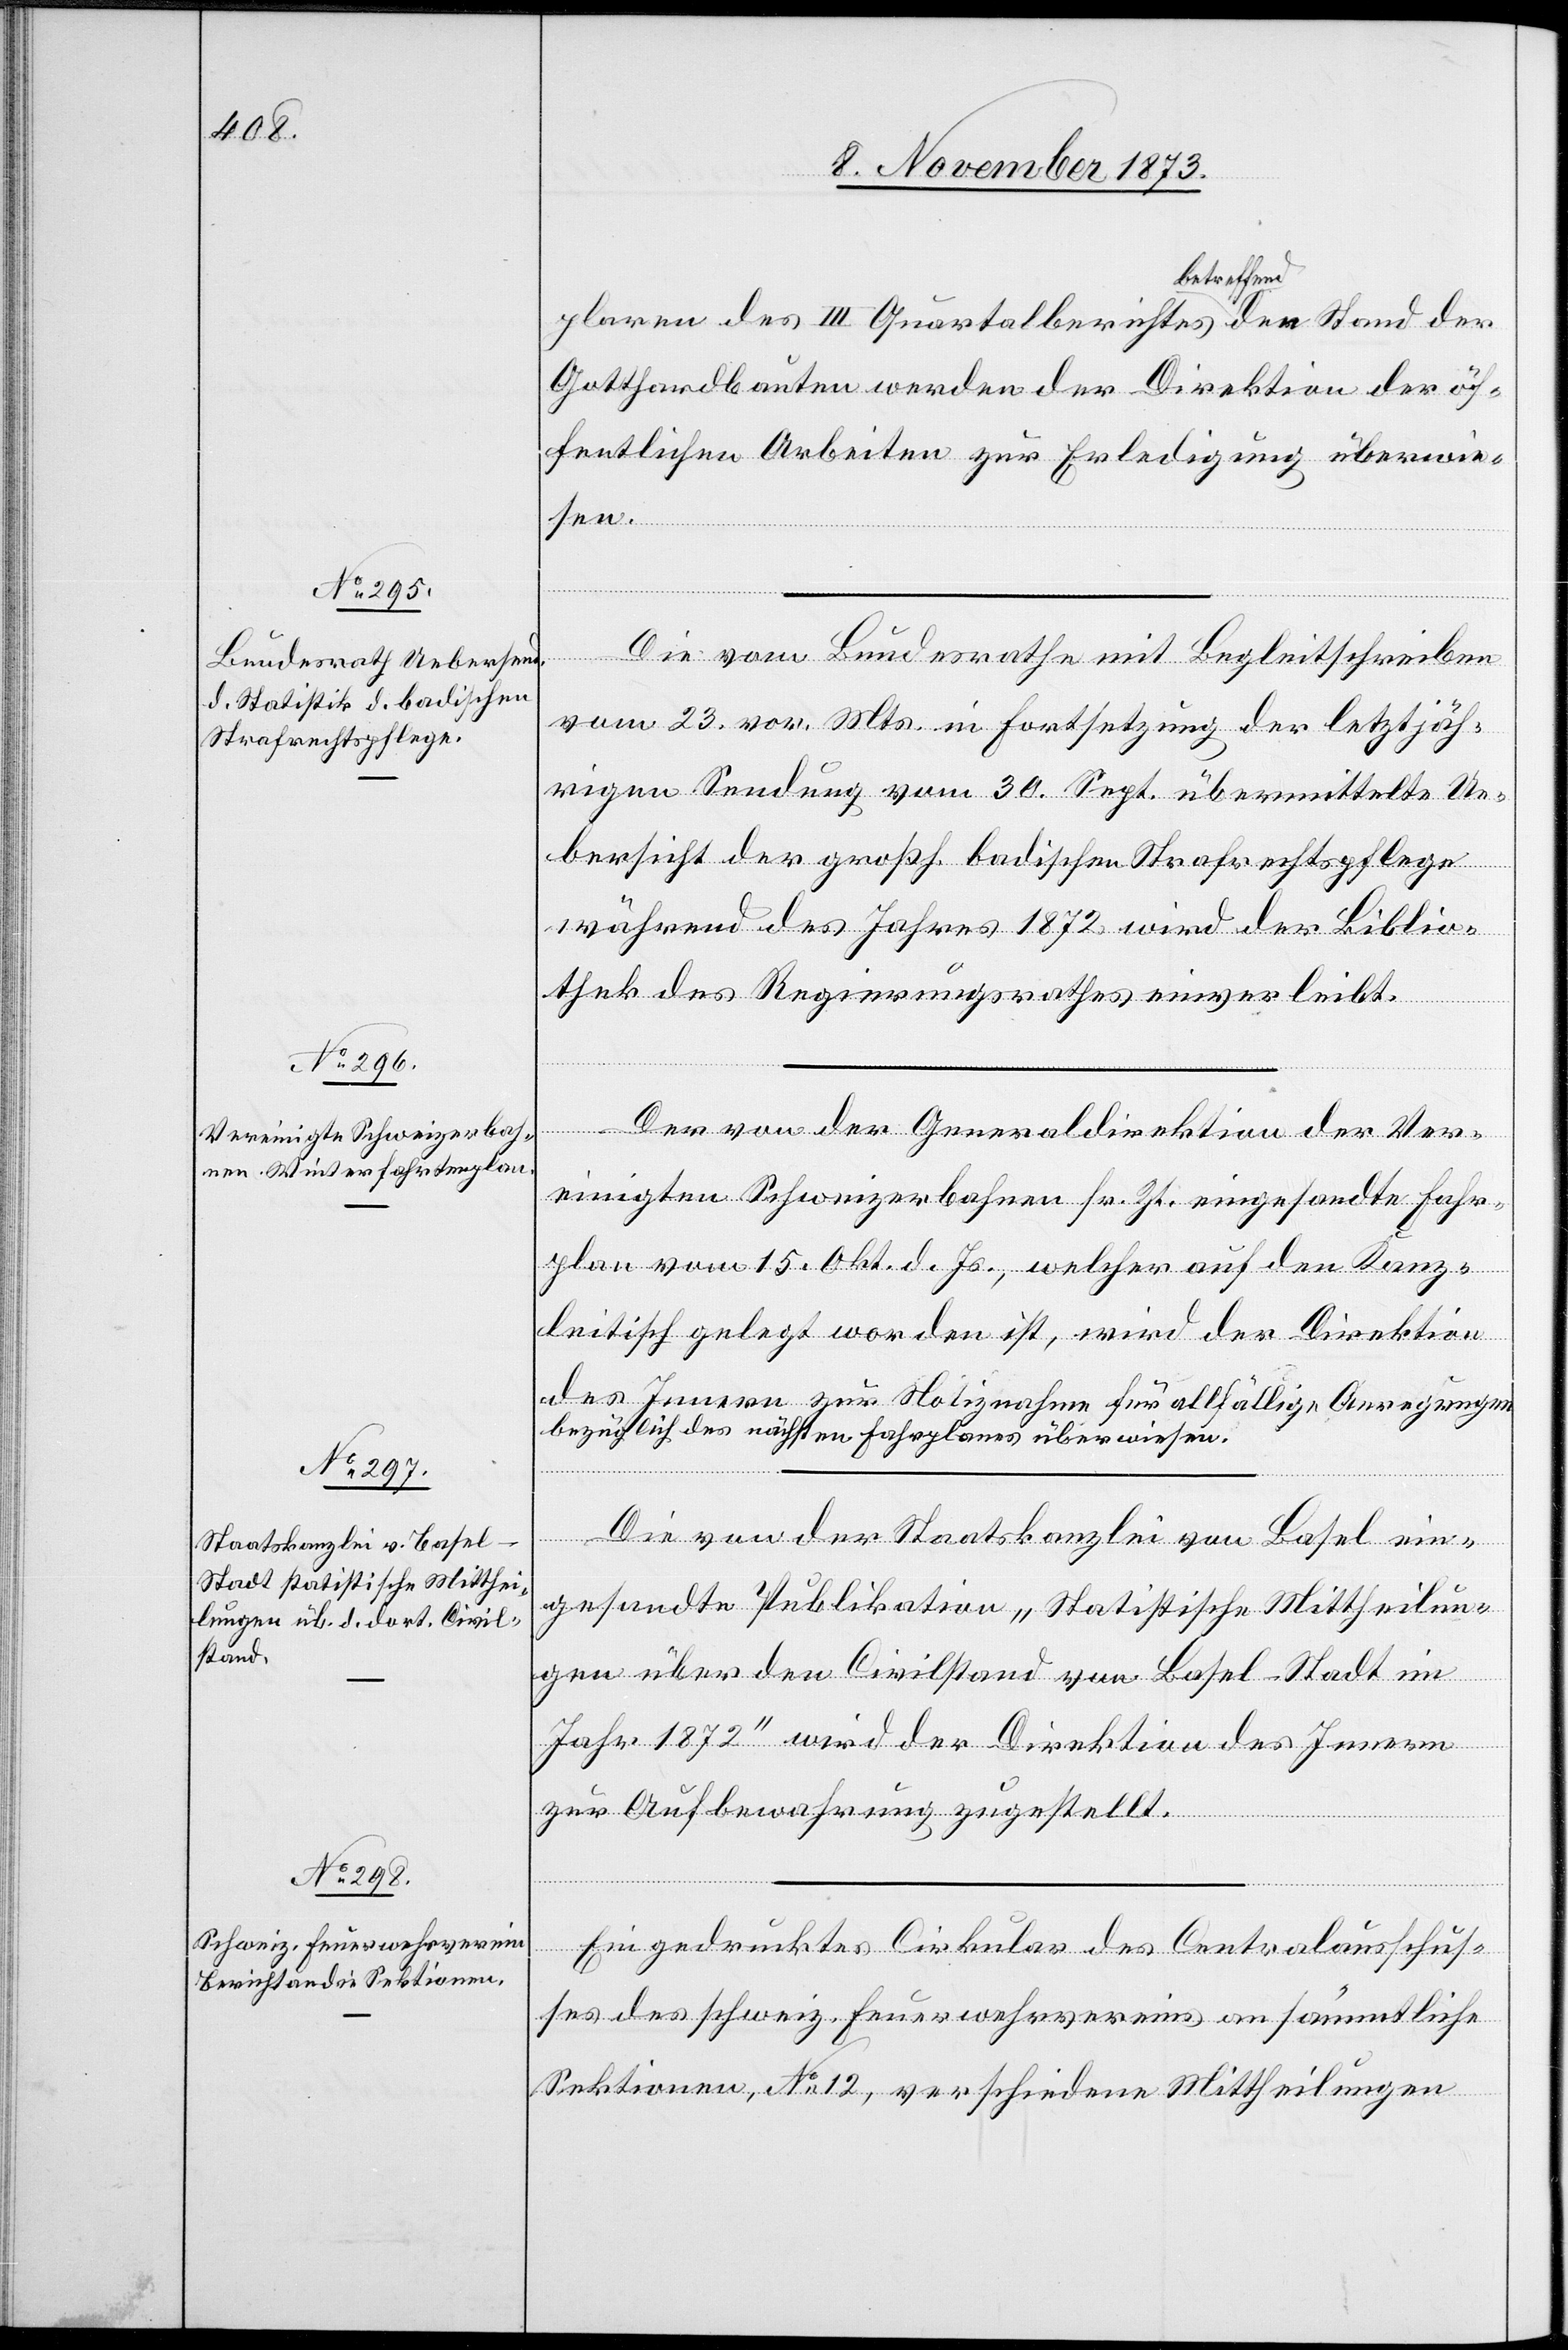
Stand

plaren des III Quartalberichtes betreffend den
Gotthardbauten werden der Direktion der öf¬
fentlichen Arbeiten zur Erledigung überwie¬
sen.
Die vom Bundesrathe mit Begleitschreiben
vom 23. vor. Mts. in Fortsetzung der letztjäh¬
rigen Sendung vom 30. Sept. übermittelte Ue¬
bersicht der großh. badischen Strafrechtspflege
während des Jahres 1872 wird der Biblio¬
thek des Regierungsrathes einverleibt.
Der von der Generaldirektion der Ver¬
einigten Schweizerbahnen sr. Zt. eingesandte Fahr¬
plan vom 15. Okt. d. Js., welcher auf den Kanz¬
leitisch gelegt worden ist, wird der Direktion
des Innern zur Notiznahme für allfällige Anregungen
bezüglich des nächsten Fahrplanes überwiesen.
Die von der Staatskanzlei von Basel ein¬
gesandte Publikation „Statistische Mittheilun¬
gen über den Civilstand von Basel-Stadt im
Jahr 1872“ wird der Direktion des Innern
zur Aufbewahrung zugestellt.
Ein gedrucktes Cirkular des Centralausschus¬
ses des schweiz. Feuerwehrvereins an sämmtliche
Sektionen, No 12, verschiedene Mittheilungen

der